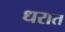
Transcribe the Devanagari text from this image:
धरात